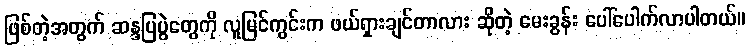
ဖြစ်တဲ့အတွက် ဆန္ဒပြပွဲတွေကို လူမြင်ကွင်းက ဖယ်ရှားချင်တာလား ဆိုတဲ့ မေးခွန်း ပေါ်ပေါက်လာပါတယ်။